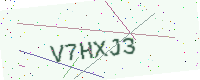
Text: V7HXJ3